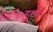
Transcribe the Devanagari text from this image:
हठाने